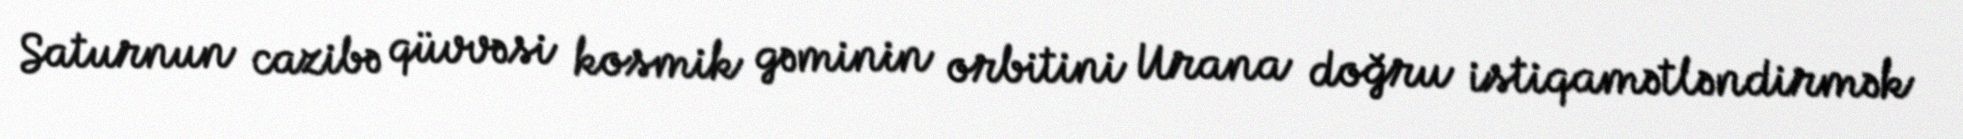
Saturnun cazibə qüvvəsi kosmik gəminin orbitini Urana doğru istiqamətləndirmək